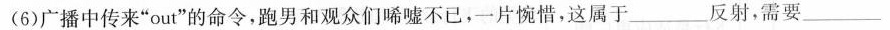
(6)广播中传来”out”的命令，跑男和观众们唏嘘不已，一片惋惜，这属于___反射，需要___